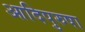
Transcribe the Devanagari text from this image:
आदिपुरुषा